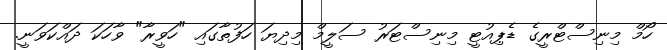
ހޯމް މިނިސްޓްރީގެ ޑެޕިއުޓީ މިނިސްޓަރު ސަލީމް މިދިޔަ ހަފުތާގައި "ހަވީރާ" ވާހަކަ ދައްކަވަނީ.